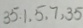
3 5 , 1 , 5 , 7 , 3 5